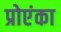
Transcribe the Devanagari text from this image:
प्रोएंका